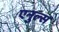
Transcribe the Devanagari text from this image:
एनुल्स